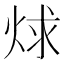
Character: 𬊋